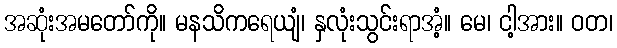
အဆုံးအမတော်ကို။ မနသိကရေယျံ၊ နှလုံးသွင်းရာအံ့။ မေ၊ ငါ့အား။ ဝတ၊